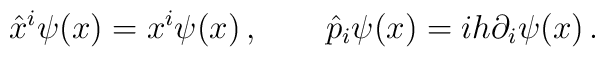
\hat x^{i} \psi(x)= x^{i}\psi(x) \, , \qquad \hat p_{i}\psi(x) = ih \partial_{i}\psi(x) \, .